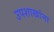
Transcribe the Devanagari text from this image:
उपशाखांना